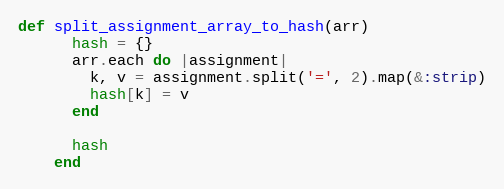
Language: Ruby
def split_assignment_array_to_hash(arr)
      hash = {}
      arr.each do |assignment|
        k, v = assignment.split('=', 2).map(&:strip)
        hash[k] = v
      end

      hash
    end